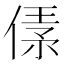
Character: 𠋾